Vaccination in the Punjab 1905-1918 - 1905-1918
Year: 1905
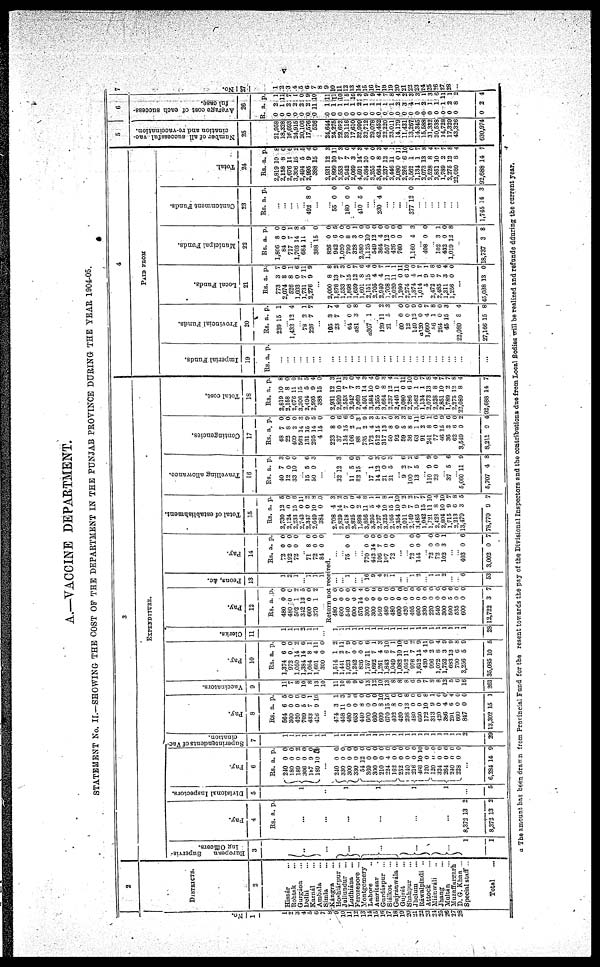
v
A.—VACCINE DEPARTMENT.
STATEMENT No. II—SHOWING THE COST OF THE DEPARTMENT IN THE PUNJAB PROVINCE DURING THE YEAR 1904-05.
No.
1
1
2
3
4
5
6
7
8 9
10
11 12
13
14
15
16
17
18
19
20
21
22
23
24
25
26
27
28
2
DISTRICTS.
2
Hissár ...
Rohtak ...
Gurgáon ...
Delhi...
Karnál ...
Ambala ...
Simla ...
Kángra ...
Hoshiárpur ...
Jullandur ...
Ludhiána ...
Ferozepore ...
Montgomery
Lahore ..
Amritsar .
Gurdáspur ...
Siálkot ...
Gujranwala ...
Gujrat ...
Shahpur ...
Jhelum ...
Ráwalpindi ..
Attock ...
Miánwáli ...
Jhang ...
Multan ...
Muzaffargarh
D. G. Khan ...
Special staff...
Total ...
3
EXPENDITURE.
European
Supervis-
ing Officers.
3
..
...
...
...
...
...
1
1
Pay.
4
Rs. a. p.
...
...
...
...
...
...
8,372
8,372
13
13
2
2
Divisional Inspectors.
5
1
..
1
1
1
1
...
5
Pay.
6
Rs.
240
180
180
306
l87
180
a.
0
0
0
0
0
10
p.
0
0
2
0
0
0
...
240
330
300
330
54
369
300
210
224
162
252
210
216
468
120
120
324
264
240
228
...
6,234
0
0
0
0
12
0
0
0
4
0
0
0
0
10
0
0
0
0
0
0
14
0
0
0
0
0
0
0
0
0
0
0
0
0
10
0
0
0
0
0
0
9
Superintendents of Vac-
cination.
7
1
1
1
1
1
1
1
1
1
1 1
1
1
1
1
1
1
1
1
1
1
1
1
1
1
1 2
29
Pay.
8
Rs.
664
300
420
709
433
416
a.
6
0
0
5
7
9
p.
5
0
0
0
1
10
...
474
458
480
853
440
600
660
600
070
402
420
208
480
660
172
313
420
386
201
660
847
13,302
3
11
0
0
8
0
0
8
15
8
0
13
0
0
10
9
0
4
8
0
0
15
1
3
0
0
0
0
0
10
10
0
0
8
0
0
8
1
0
0
4
0
0
1
Vaccinators.
9
11
7
8
10
8
13
10
11
10
8
9
6
13
12
10
13
8
8
8
6
9
7
3
8
12
5
6
18
261
Pay.
10
Rs.
1,374
972
1,050
1,384
1,054
1,601
300
1,514
1,441
1,023
1,242
826
1,757
1,692
1,261
1,843
1,049
1,083
1,052
978
1,612
420
996
1,072
1,752
683
790
3,256
35,085
a.
6
0
14
14
8
4
0
1
2
7
0
0
11
7
4
6
7
10
11
7
14
4
2
8
3
13
6
5
10
p.
0
0
2
6
1
11
0
2
11
9
0
0
6
1
3
10
1
10
6
2
9
11
9
4
9
9
8
0
5
Clerks.
11
1
1
1
2
1
1
...
1
1
1
1
1
1
1
1
1
1
1
1
1
1
1
1
1
1
1
1
1
28
Pay.
12
Rs.
480
480
502
342
600
370
a.
0
0
1
13
0
1
p.
0
0
2
5
0
2
Peons, &c.
13
1
2
1
...
1
1
1
Pay.
14
Rs.
72
192
72
a.
0
0
0
p.
0
0
0
...
71
72
84
Return not received.
480
600
540
600
576
300
300
540
480
480
600
420
405
600
330
220
540
300
500
535
600
12,722
0
0
0
0
14
0
0
0
0
0
0
0
0
0
0
0
0
0
5
0
0
3
0
0
0
0
4
0
0
0
0
0
0
0
0
0
0
0
0
0
6
0
0
7
...
...
1
...
...
16
0
4
2
1
...
...
1
2
...
1
1
2
...
...
6
53
8
0
0
0
0
0
...
...
75 0 0
...
...
770
442
106
107
72
0
14
7
0
0
0
0
0
0
0
... ...
72
144
0
0
0
0
...
72
72
102
0
0
3
0
0
1
...
...
403
3,002
0
0
6
7
Total of establishment.
15
Rs
2,730
2,124
2,233
2,743
2,347
2,040
384
2,708
2,829
2,418
2,825
1,898
3,856
3,395
2,727
3,325
2,166
2,354
2,011
2,149
3,485
1,042
1 721
2 428
2,804
1,715
2,213
13,470
78,770
a.
12
0
15
0
0
10
0
4
14
7
0
2
11
5
4
10
15
10
9
7
9
15
11
8
10
9
6
3
9
p.
5
0
6
11
2
8
0
3
2
0
0
4
6
1
1
8
1
10
2 2
7
7
10
4
10
7
8
5
7
Travelling allowance.
16
Rs.
40
12
33
a.
7
0
10
p.
3
0
0
... 15
50
5
0
6
3
...
...
... 32
... 11
82
... 17
14
21
21
12
5
15
1
12
0
5
3
0
9
0
3
0
3
...
9
100
13
2
7
5
6
2
6
..
110
23
9
0
9
0
...
37 5 6
... 5,060
5,707
11
4
9
8
Contingencies.
17
Rs.
48
22
409
563
131
205
4
a.
7
8
2
14
15
14
15
p.
0
0
0
3
0
5
0
223
37
134
106
88
735
173
512
317
50
92
59
36
63
91
241
77
46
36
62
3,549
8,211
8
0
15
2
1
2
4
15
13
8
0
5
8
1
2
8
0
15
3
6
0
0
0
6
6
0
3
9
3
9
7
0
3
3
6
11
0
1
0
9
6
0
2
4
Total cost.
18
Rs.
2,819
2,158
2,676
3,306
2,404
2,995
388
a.
10
8
11
15
5
9
15
p.
8
0
6
2
5
4
0
2,031
2,899
2,553
3,942
2,060
4,591
3,584
3,255
3,684
2,237
2,446
2,080
2,286
3,582
1,134
2,073
2 528
2,851
1,789
2,275
22,080
92,688
12
10
7
7
3
14
10
0
8
12
11
0
6
1
1
13
8
10
2
12
8
14
3
11
3
0
4
3
4
0
3
4
1
11
10
0
7
8
4
7
7
8
4
7
4
PAID FROM
Imperial Funds.
19
Rs. a. p.
... ...
... ...
...
...
...
...
...
...
...
... ...
... ...
...
... ...
...
...
...
...
...
...
...
...
...
...
...
...
Provincial Funds.
20
Rs.
239
... 1,432
... 78
226
a.
15
12
2
7
p.
1
4
1
7
...
105
23
... 64
a81
a307
... 129
21
... 60
12
140
a120
1,680
56
264
45
.. 22,089
27,166
3
7
0
3
1
11
5
0
0
12
0
4
1
0
15
8
15
7
4
0
8
0
2 3
0
0
0
0
7
8
0
3
4
8
Local Funds.
21
Rs.
773
2,074
526
1,603
1,731
2,276
a.
3
8
8
0
7
0
p.
7
0
1
6
11
9
...
2,000
1,878
1,533
1,898
1,659
1,601
2,151
2.705
2,040
9,708
2,020
1,260
2,274
1,874
1,014
3
2,472
2,485
1,311
1,238
8
13
7
15
12
8
15
4
4
11
11
0
6
4
1
9
6
7
3
0
8
2
3
0
7
6
4
0
7
1
1
11
10
0
7
1
8
6
4
0
...
45,038 13 0
Municipal Funds.
22
Rs.
1,806
84
717
1,703
684
... 388
a.
8
0
7
14
11
15
p.
0
0
1
8
5
0
826
942
1,020
700
328
2,580
1,125
549
364
507
426
760
0
6
0
8
3
0
10
12
4
12
0
0
0
5
0
0
1
0
0
0
0
0
0
0
1,160 4 3
... 408
... 102
432
1,010
0
3
0
12
0
1
0
8
...
18,737 3 3
Cantonment Funds.
23
Rs. a. p.
...
...
...
...
... 492 8 0
...
...
... 55 0 0
... 180 0 0
... 410 5 9
...
... 230 4 6
...
...
...
... 377 12 0
...
...
...
...
...
...
...
1,745 14 3
Total.
24
Rs.
2,819
2,168
2,676
3,306
2,494
2,995
388
2,931
2,890
2,553
2,942
2,069
4,591
3,584
3,255
3,664
2,237
2,446
2,286
3,562
1,134
2,073
2,528
2,851
1,789
2,275
22,080
92,688
a.
10
8
11
15
5
9
15
12
10
7 7
3
14
10
0
8
12
11
6
1
1
13
8
10
2 12
8
14
p.
8
0
6 2
5
4
0
3
11
3
0
4
3
4
0
3
4
1
11
10
0
7
8
4
7
7
8
4
7
5
Number of all successful vac-
cination and re-vaccination.
25
21,058
18,328
16,093
24,915
20,100
17,576
526
24,644
24,275
22,882
33,116
17,610
32,999
32,712
29,078
42,452
22,220
23,011
14,179
11,431
13,267
14,345
15,588
31,332
30,538
14,728
17,329
43,326
630,974
6
Average cost of each success-
ful case.
26
R.
0
0
0
0
0
0
0
0
0
0
0
0
0
0
0
0
0
0
0
0
0
0
0
0
0
0
0
0
0
a.
27
18
23
29
22
21
11
11
11
14
14
13
21
11
1
1
1
1
2
3
4
1
2
1
1
1
2
8
2
p.
1
11
7
1
0
9
10
11
11 10
5
10
3
9
9
4
7
8
4
2
3
3
1
3
6
11
1
2
4
7
No.
27
1
2
3
4
5
6
7
8 9
10
11 12
13
14
15
16
17
18
19
20 21
22
23
24
25
26
27
28
* The amount has been drawn from Provincial Fund for the resent towards the pay of the Divisional Inspectors and the contributions due from Local Bodies will be realized and refunde during the current year.